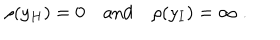
\rho ( y _ { H } ) = 0 \quad \textrm { a n d } \quad \rho ( y _ { I } ) = \infty \; .